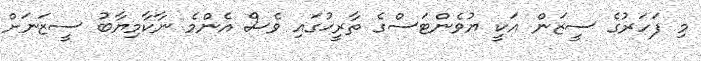
މި ފަހަރުގެ ސީޒަން އަކީ ޔުވެންޓަސްގެ ތާރީޚުގައި ވެސް އެންމެ ނާކާމިޔާބު ސީޒަނަށް